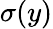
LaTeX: \sigma(y)